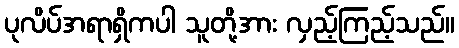
ပုလိပ်အရာရှိကပါ သူတို့အား လှည့်ကြည့်သည်။